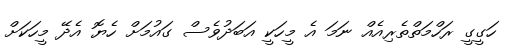
ހަގީގީ ރަހްމަތްތެރިއެއް ނަމަ އެ މީހަކީ އަބަދުވެސް ގައުމަށް ހެޔޮ އެދޭ މީހަކަށް